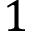
1